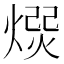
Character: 𭵯